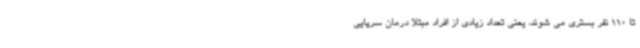
تا 110 نفر بستری می شوند، یعنی تعداد زیادی از افراد مبتلا درمان سرپایی